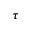
\tau